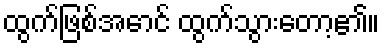
ထွက်ဖြစ်အောင် ထွက်သွားတော့၏။